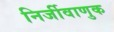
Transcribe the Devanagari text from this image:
निर्जीवाणुक